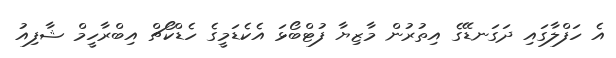
އެ ހަފްލާގައި ދަގަނޑޭގެ އިތުރުން މާޒިޔާ ފުޓްބޯޅަ އެކެޑަމީގެ ހެޑްކޯޗް އިބްރާހީމް ޝާފިއު